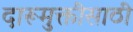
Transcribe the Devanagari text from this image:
दारूमुक्तीसाठी